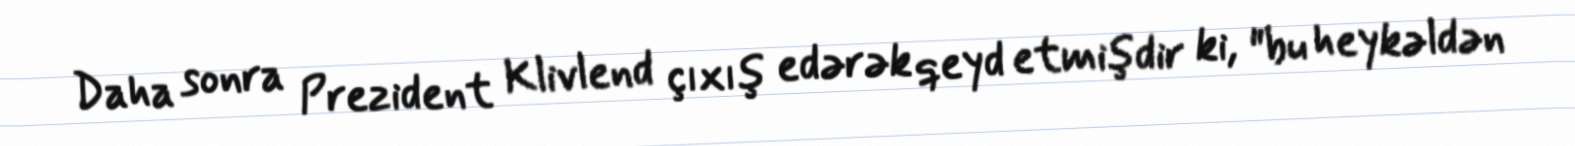
Daha sonra Prezident Klivlend çıxış edərək qeyd etmişdir ki, "bu heykəldən